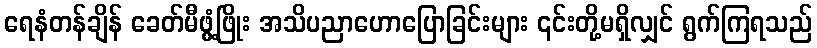
ရေနံတန်ချိန် ခေတ်မီဖွံ့ဖြိုး အသိပညာဟောပြောခြင်းများ ၎င်းတို့မရှိလျှင် ရွက်ကြရသည်